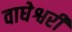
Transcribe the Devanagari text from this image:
वाघेश्वरी